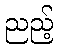
ညည့်